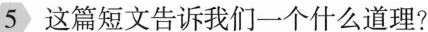
5这篇短文告诉我们一个什么道理？